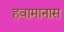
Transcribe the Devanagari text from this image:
हवामानास